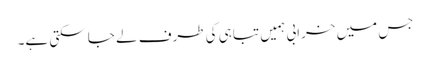
جس میں خرابی ہمیں تباہی کی طرف لے جا سکتی ہے۔